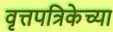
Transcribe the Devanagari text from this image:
वृत्तपत्रिकेच्या